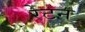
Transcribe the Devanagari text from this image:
रेटन